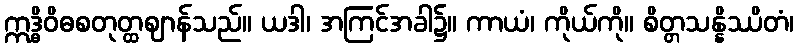
ဣဒ္ဓိဝိဓစတုတ္ထဈာန်သည်။ ယဒါ၊ အကြင်အခါ၌။ ကာယံ၊ ကိုယ်ကို။ စိတ္တသန္နိဿိတံ၊